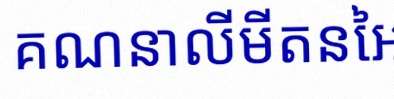
គណនាលីមីតនៃអនុគមន៍ខាងក្រោម